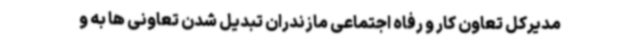
مدیرکل تعاون کار و رفاه اجتماعی مازندران تبدیل شدن تعاونی ها به و